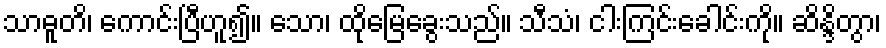
သာဓူတိ၊ ကောင်းပြီဟူ၍။ သော၊ ထိုမြေခွေးသည်။ သီသံ၊ ငါးကြင်းခေါင်းကို။ ဆိန္ဒိတွာ၊